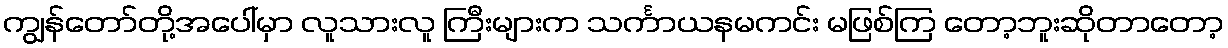
ကျွန်တော်တို့အပေါ်မှာ လူသားလူ ကြီးများက သင်္ကာယနမကင်း မဖြစ်ကြ တော့ဘူးဆိုတာတော့